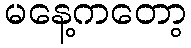
မနေ့ကတော့